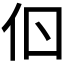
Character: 𠇂